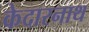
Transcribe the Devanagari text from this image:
केदारनाथ